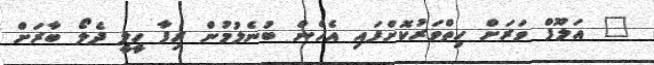
" އަލޫފް ވަރަށް ހިތްވަރުކޮށްފައި އެހެން ބުނެލުމުން ރިފާ ހީލީ ދެލޯ ބާރަށް